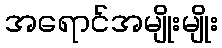
အရောင်အမျိုးမျိုး